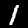
Label: 1